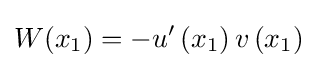
W(x_{1})=-u'\left(x_{1}\right)v\left(x_{1}\right)